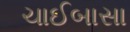
ચાઈબાસા